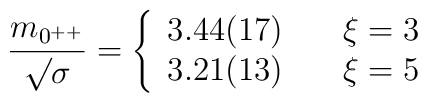
{{m_{0^{++}}} \over {\surd\sigma}} =\left\{ \begin{array}{ll}3.44(17) & \ \ \ \xi=3 \\3.21(13) & \ \ \ \xi=5\end{array}\right.